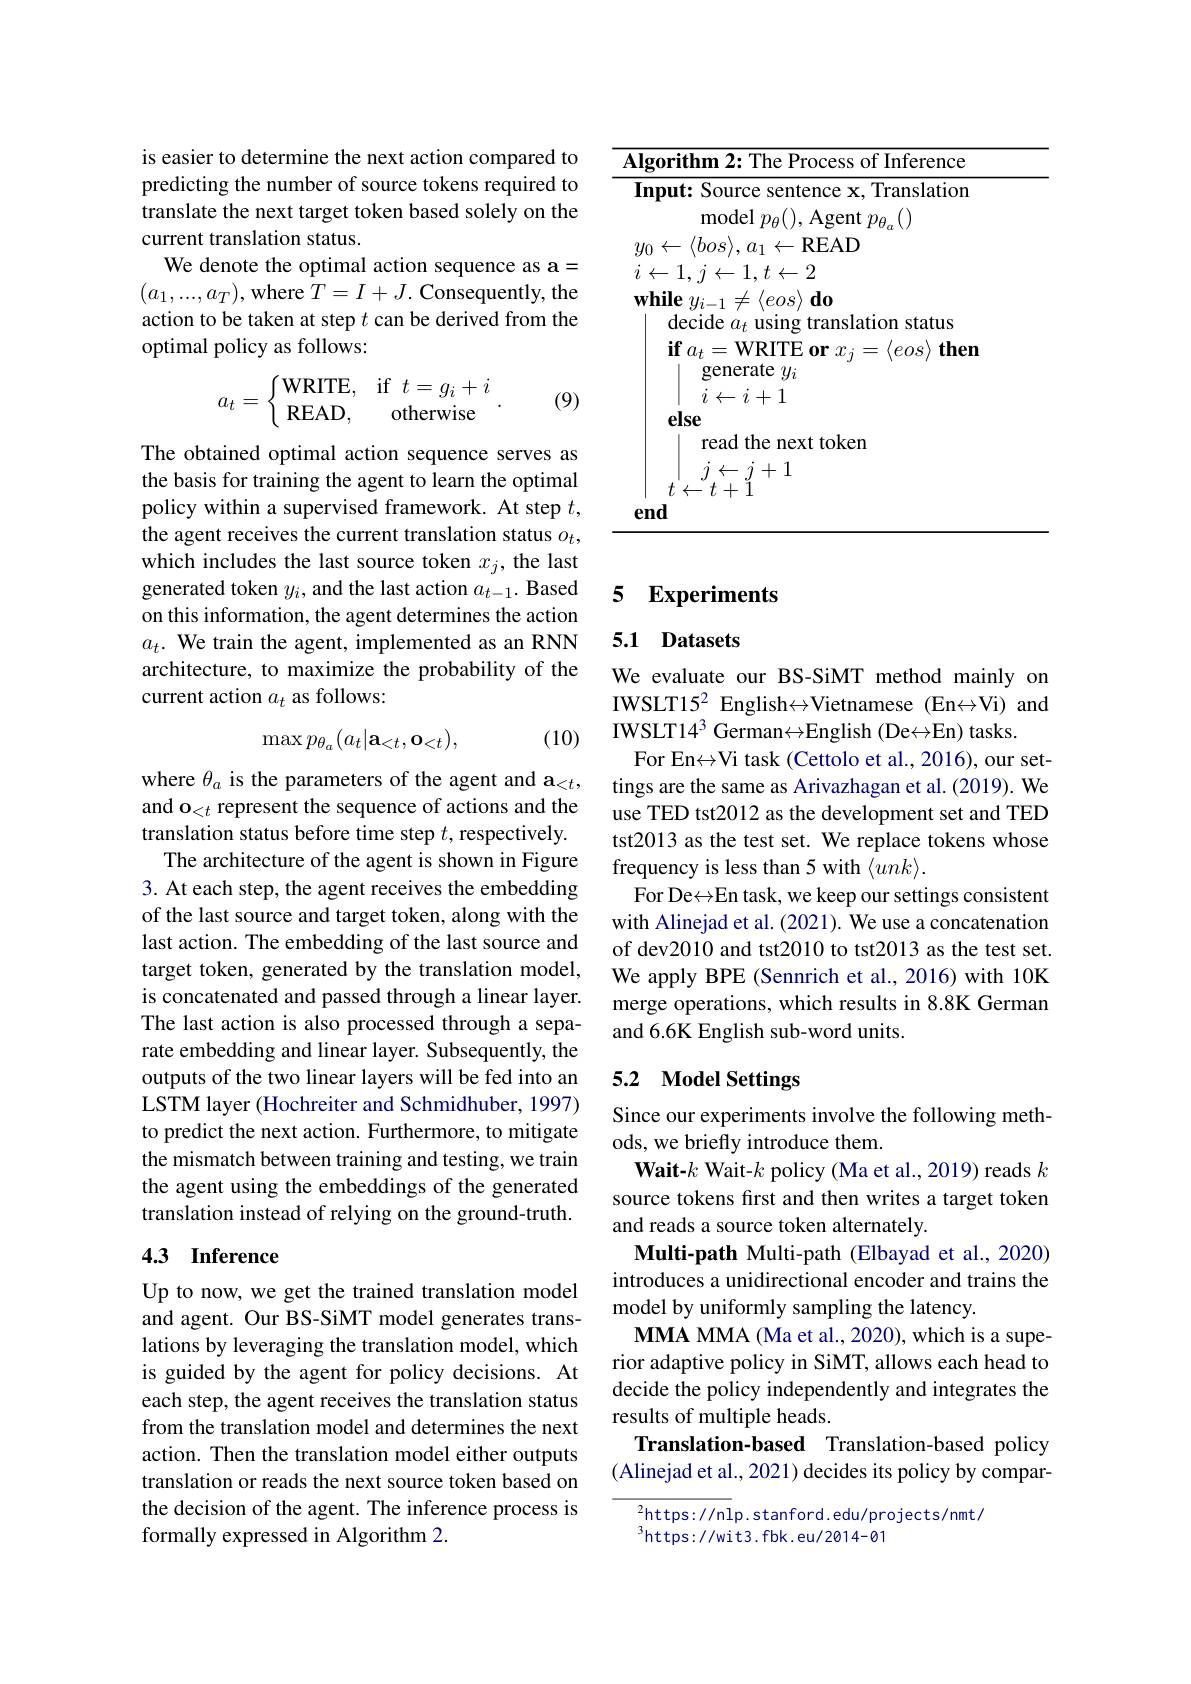
is easier to determine the next action compared to predicting the number of source tokens required to translate the next target token based solely on the current translation status.
We denote the optimal action sequence as a= $(a_1,...,a_T)$, where $T=I+J.$ Consequently, the action to be taken at step $t$ can be derived from the optimal policy as follows:
$$a_t=\left\{\begin{matrix}\text{WRITE,}&\text{if}\:t=g_i+i\\\text{READ,}&\text{otherwise}\end{matrix}\right..$$
(9)

The obtained optimal action sequence serves as the basis for training the agent to learn the optimal policy within a supervised framework. At step $t$, the agent receives the current translation status $o_t$, which includes the last source token $x_j$, the last generated token $y_i$, and the last action $a_t-1.$ Based on this information, the agent determines the action $a_t.$ We train the agent, implemented as an RNN architecture, to maximize the probability of the current action $a_t$ as follows:

(10)
$$\max p_{\theta_a}(a_t|\mathbf{a}_{<t},\mathbf{o}_{<t}),$$
where $\theta_a$ is the parameters of the agent and a$_<t$, and o$_< t\textbf{represent the sequence of actions and the}$ translation status before time step $t$, respectively. The architecture of the agent is shown in Figure 3. At each step, the agent receives the embedding of the last source and target token, along with the last action. The embedding of the last source and target token, generated by the translation model, is concatenated and passed through a linear layer. The last action is also processed through a separate embedding and linear layer. Subsequently, the outputs of the two linear layers will be fed into an LSTM layer (Hochreiter and Schmidhuber, 1997) to predict the next action. Furthermore, to mitigate the mismatch between training and testing, we train the agent using the embeddings of the generated translation instead of relying on the ground-truth.

# 4.3 Inference

Up to now, we get the trained translation model and agent. Our BS-SiMT model generates translations by leveraging the translation model, which is guided by the agent for policy decisions. At each step, the agent receives the translation status from the translation model and determines the next action. Then the translation model either outputs translation or reads the next source token based on the decision of the agent. The inference process is formally expressed in Algorithm 2.

<table>
	<tbody>
		<tr>
			<td>$\mathbf{M}_{\mathbf{s}}$</td>
			<td>ithm 2:The Process of Inference</td>
		</tr>
	</tbody>
</table>

### 5 Experiments

## 5.1 Datasets

We evaluate our BS-SiMT method mainly on IWSLT15$^2$ English$\leftrightarrow$Vietnamese (En$\leftrightarrow$Vi) and $IWSLT14^3 German\leftrightarrow English (De\leftrightarrow En) tasks.$
For En$\leftrightarrow$Vi task (Cettolo et al., 2016), our settings are the same as Arivazhagan et al. (2019). We use TED tst2012 as the development set and TED tst2013 as the test set. We replace tokens whose frequency is less than 5 with $\langle unk\rangle.$
For De$\leftrightarrow$En task, we keep our settings consistent with Alinejad et al. (2021). We use a concatenation of dev2010 and tst2010 to tst2013 as the test set. We apply BPE (Sennrich et al., 2016) with 10K merge operations, which results in 8.8K German and 6.6K English sub-word units.

### 5.2 Model Settings

Since our experiments involve the following meth-
ods, we briefly introduce them.
Wait-$k$ Wait-$k$ policy (Ma et al., 2019) reads $k$ source tokens first and then writes a target token and reads a source token alternately.
Multi-path Multi-path (Elbayad et al., 2020) introduces a unidirectional encoder and trains the model by uniformly sampling the latency.
$\dot{\textbf{MMA MMA (Ma et al., 2020), which is a supe-}}$ rior adaptive policy in SiMT, allows each head to decide the policy independently and integrates the results of multiple heads.
Translation-based Translation-based policy (Alinejad et al., 2021) decides its policy by compar-

$^2$https://nlp.stanford.edu/projects/nmt/
$^{3}$https://wit3.fbk.eu/2014-01